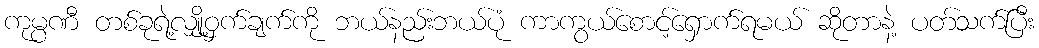
ကုမ္ပဏီ တစ်ခုရဲ့လျှို့ဝှက်ချက်ကို ဘယ်နည်းဘယ်ပုံ ကာကွယ်စောင့်ရှောက်ရမယ် ဆိုတာနဲ့ ပတ်သက်ပြီး